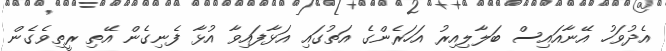
އެދުވަހު އޭނާއައިސް ބަލާލިއިރު އަހަރެންގެ އަތުގައި އަޅާފައިވާ އުޅާ ފެނިގެން އޭތި ރީތިވެގެން